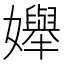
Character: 𡤒